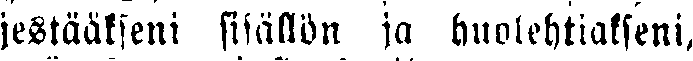
jestääkseni sisällön ja huolehtiakseni,